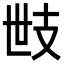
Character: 𢺿